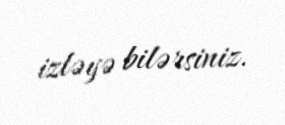
izləyə bilərsiniz.